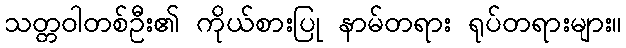
သတ္တဝါတစ်ဦး၏ ကိုယ်စားပြု နာမ်တရား ရုပ်တရားများ။